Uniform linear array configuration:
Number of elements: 32
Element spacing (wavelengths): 1
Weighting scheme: hamming
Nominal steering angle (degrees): -15
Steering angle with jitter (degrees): -15.802
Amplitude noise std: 0.05
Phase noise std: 0.05

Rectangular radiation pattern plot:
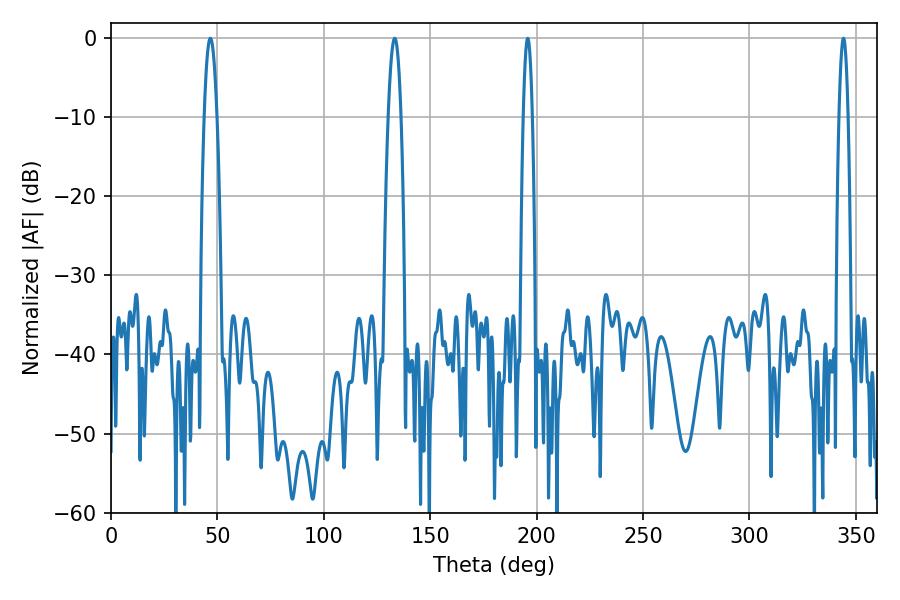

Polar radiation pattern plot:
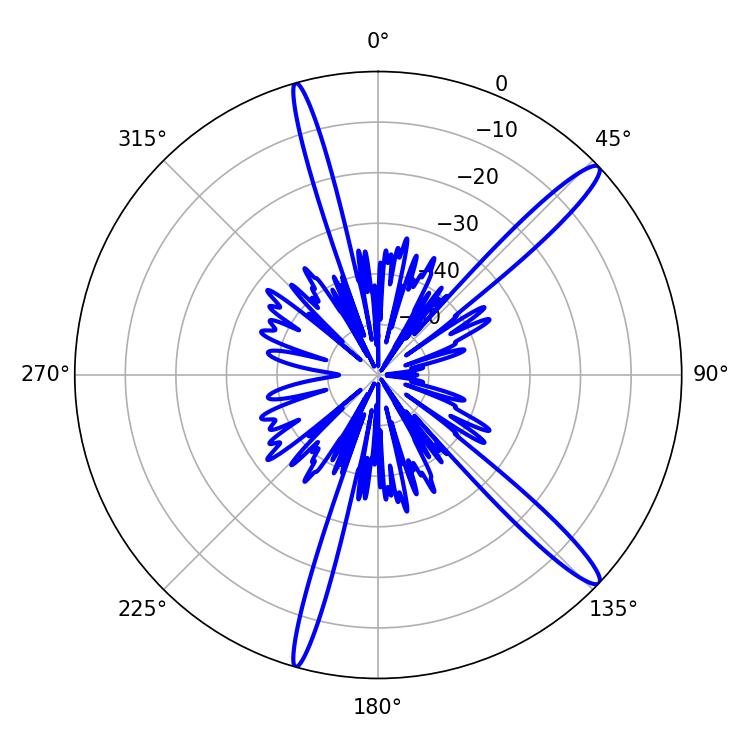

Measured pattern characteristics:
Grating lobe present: TRUE
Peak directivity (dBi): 14.74
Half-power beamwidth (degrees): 2.16
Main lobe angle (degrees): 195.84